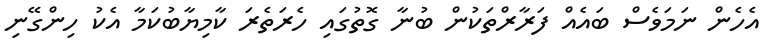
އެހެން ނަމަވެސް ބައެއް ފަރާރްތަކުން ބުނާ ގޮތުގައި ހެރަތެރަ ކާމިޔާބުކަމާ އެކު ހިންގޭނި